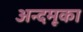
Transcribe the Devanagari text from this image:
अन्दमूका